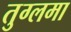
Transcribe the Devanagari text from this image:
तुग्लमा